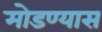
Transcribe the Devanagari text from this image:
मोडण्यास